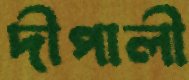
দীপালী